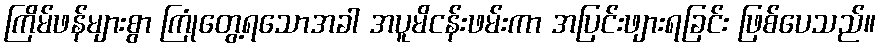
ကြိမ်ဖန်များစွာ ကြုံတွေ့ရသောအခါ အပူမိငန်းဖမ်းကာ အပြင်းဖျားရခြင်း ဖြစ်ပေသည်။